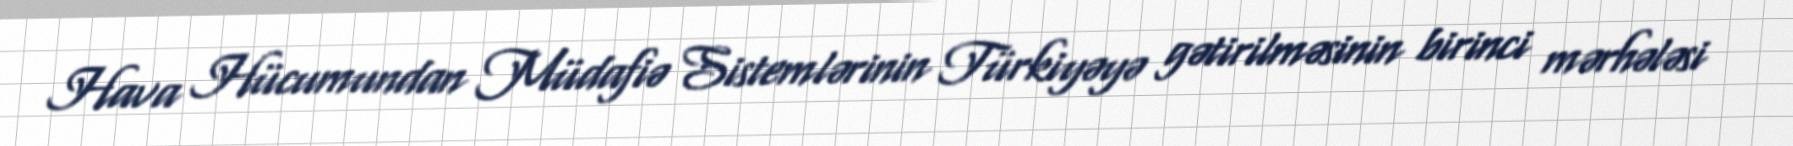
Hava Hücumundan Müdafiə Sistemlərinin Türkiyəyə gətirilməsinin birinci mərhələsi